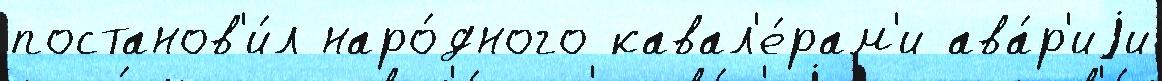
постанов'и́л наро́дного кавал'е́рам'и ава́р'иjи